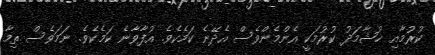
ކުރުމާއި ޚުޝާމަދު ކުރުމަކީ އެންމެންވެސް އެދޭނެ ކަމެކެވެ. އުފާވާނެ ކަމެކެވެ. ނަމަވެސް ތިމާ